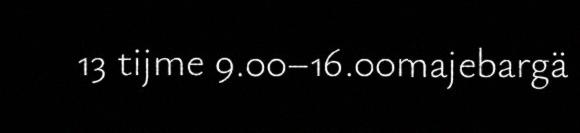
13 tijme 9.00–16.00majebargä